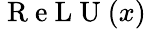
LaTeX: \mathrm{~R~e~L~U~}(x)